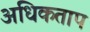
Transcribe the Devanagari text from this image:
अधिकताप